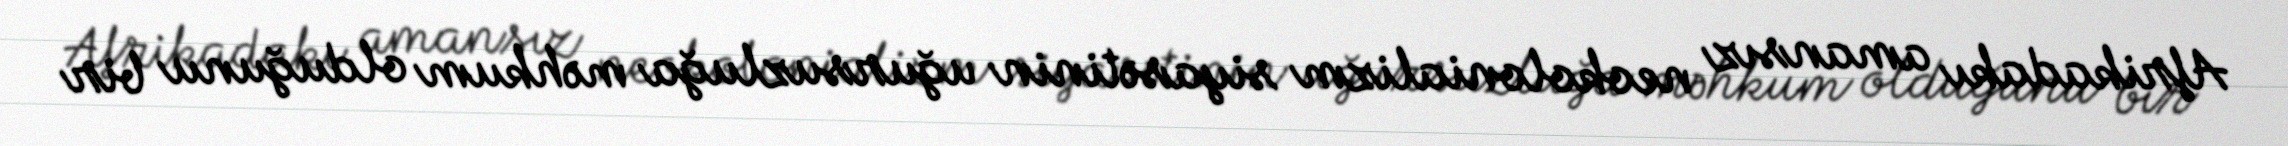
Afrikadakı amansız neokolonializm siyasətinin uğursuzluğa məhkum olduğunu bir